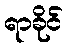
ရာခိုင်